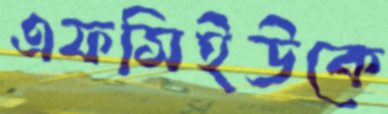
এফসিইউকে